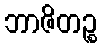
ဘာဇိတဉ္စ